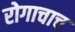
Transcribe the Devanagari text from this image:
रोगाचाच